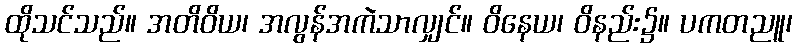
ထိုသင်သည်။ အတိဝိယ၊ အလွန်အကဲသာလျှင်။ ဝိနေယ၊ ဝိနည်း၌။ ပကတညူ၊